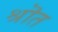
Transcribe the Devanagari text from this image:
श्रॊत